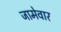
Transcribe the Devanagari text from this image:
जामेवार